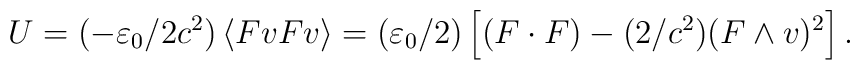
U=(-\varepsilon _{0}/2c^{2})\left\langle FvFv\right\rangle =(\varepsilon_{0}/2)\left[ (F\cdot F)-(2/c^{2})(F\wedge v)^{2}\right] .